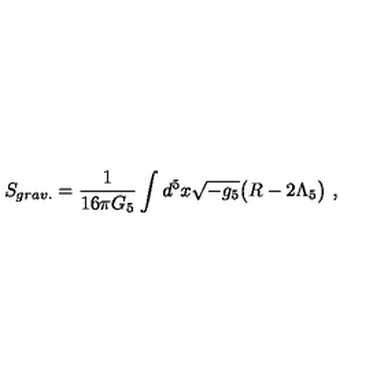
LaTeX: S _ { g r a v . } = \frac { 1 } { 1 6 \pi G _ { 5 } } \int d ^ { 5 } x \sqrt { - g _ { 5 } } \big ( R - 2 \Lambda _ { 5 } \big ) \ ,